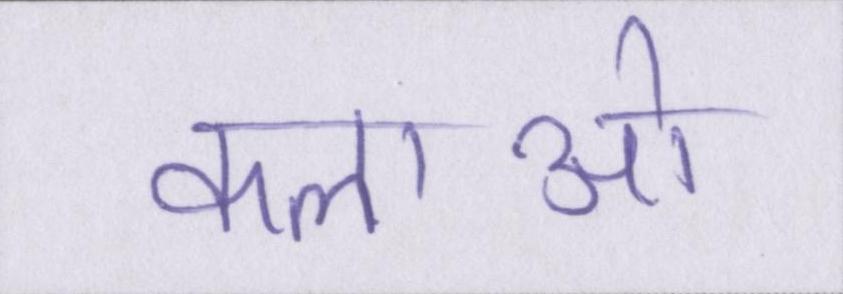
कलाओ